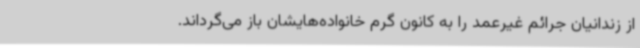
از زندانیان جرائم غیرعمد را به کانون گرم خانواده‌هایشان باز می‌گرداند.